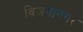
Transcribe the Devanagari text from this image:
विजयानगरं